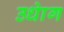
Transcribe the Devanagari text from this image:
उधाेग